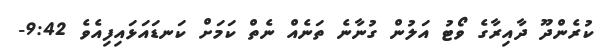
ކުރެންދޫ ދާއިރާގެ ވޯޓު އަލުން ގުނާނެ ތަނެއް ނެތް ކަމަށް ކަނޑައަޅައިފިއެވެ 9:42-